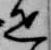
疋